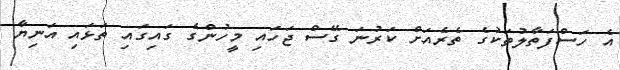
އެ ހަސްފަތާލުތަކުގެ ތެރެއަށް ކަރުނަ ގޭސް ޖަހައި މީހުންގެ ގައިގައި ތަޅައި އަނިޔާ